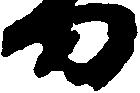
刀